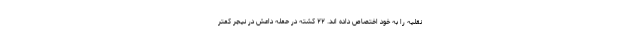
نقلیه را به خود اختصاص داده اند. ۲۲ کشته در حمله داعش در نیجر کمتر